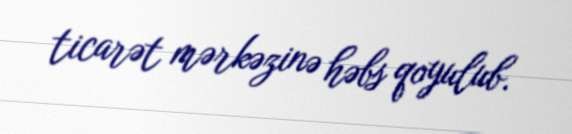
ticarət mərkəzinə həbs qoyulub.